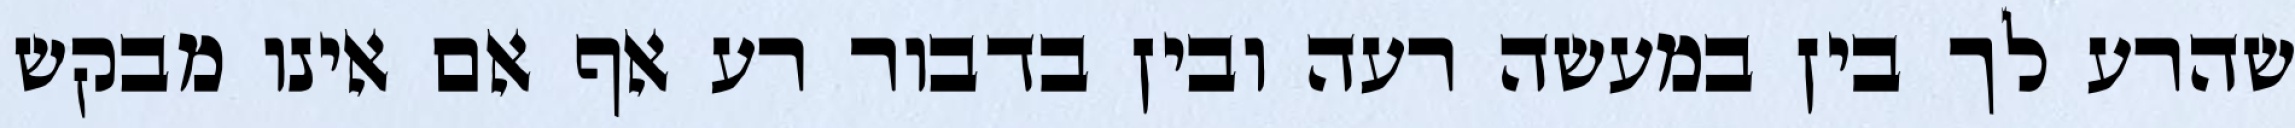
שהרע לך בין במעשה רעה ובין בדבור רע אף אם אינו מבקש